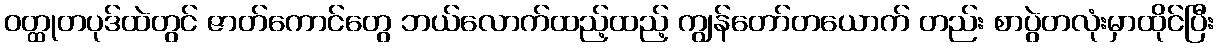
ဝတ္ထုတပုဒ်ထဲတွင် ဇာတ်ကောင်တွေ ဘယ်လောက်ထည့်ထည့် ကျွန်တော်တယောက် တည်း စာပွဲတလုံးမှာထိုင်ပြီး